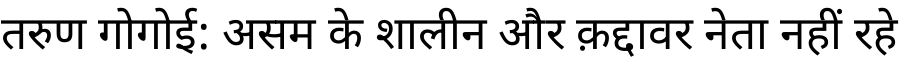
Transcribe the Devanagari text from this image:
तरुण गोगोई: असम के शालीन और क़द्दावर नेता नहीं रहे